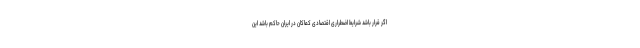
اگر قرار باشد شرایط اضطراری اقتصادی کماکان در ایران حاکم باشد این